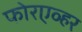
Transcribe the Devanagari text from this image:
फोरएव्हर